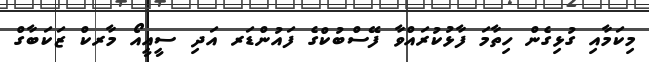
މިކަމާއި ގުޅިގެން ހިތާމަ ފާޅުކުރައްވާ ފޭސްބުކްގެ ފައުންޑަރ އަދި ސީއީއޯ މާރކް ޒަކަބާގް